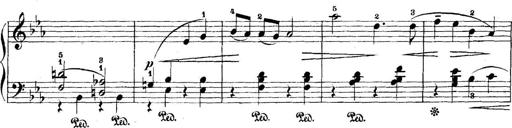
Title: 5 Sonatinas
Composer: Theodor Kirchner